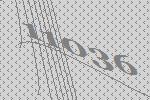
11036